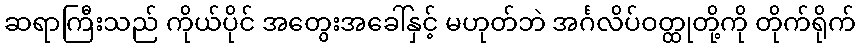
ဆရာကြီးသည် ကိုယ်ပိုင် အတွေးအခေါ်နှင့် မဟုတ်ဘဲ အင်္ဂလိပ်ဝတ္ထုတို့ကို တိုက်ရိုက်